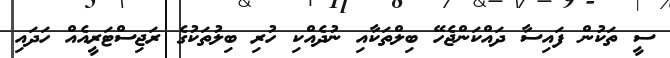
ސީ ތަކުން ފައިސާ ދައްކަންޖެހޭ ބިލްތަކާއި ނުދެއްކި ހުރި ބިލުތަކުގެ ރަޖިސްޓަރީއެއް ހަދައި